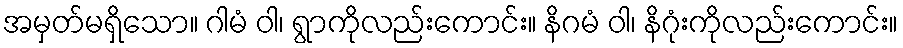
အမှတ်မရှိသော။ ဂါမံ ဝါ၊ ရွာကိုလည်းကောင်း။ နိဂမံ ဝါ၊ နိဂုံးကိုလည်းကောင်း။